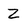
Character: Z